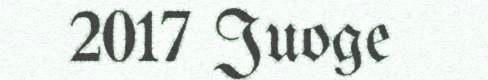
2017 Juoge